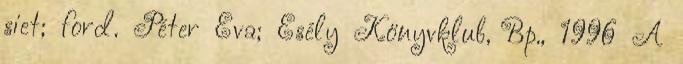
siet; ford. Péter Éva; Esély Könyvklub, Bp., 1996 A